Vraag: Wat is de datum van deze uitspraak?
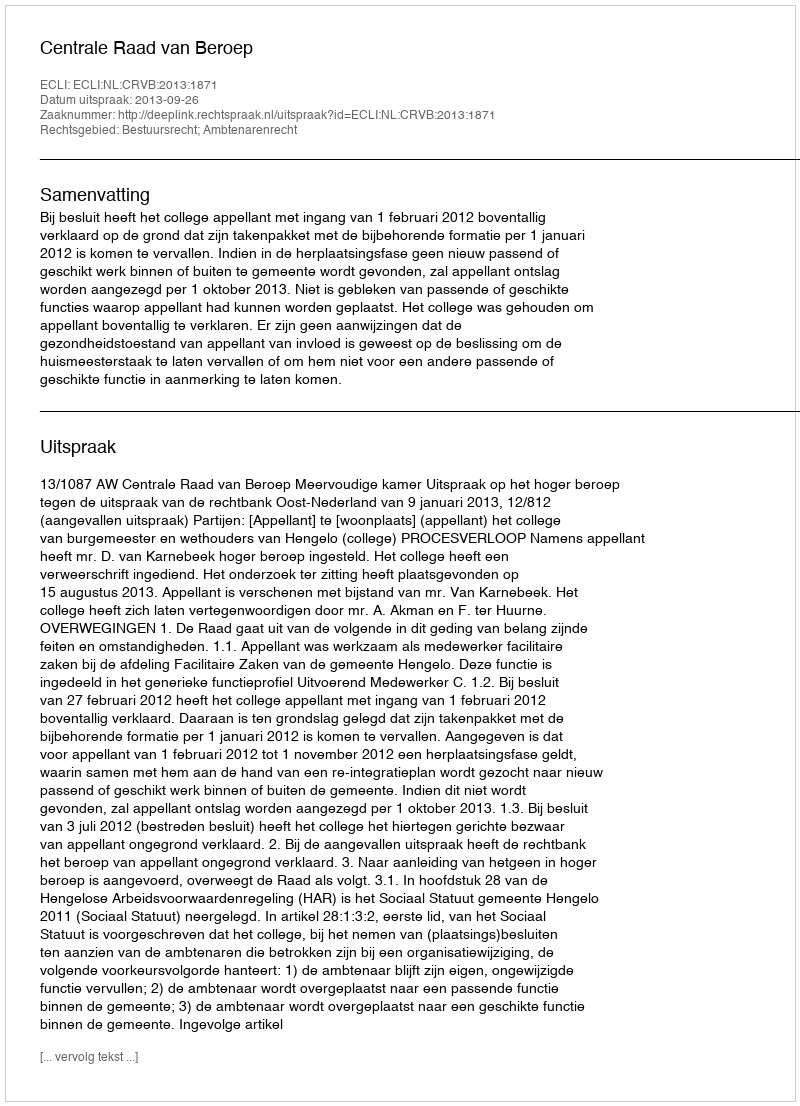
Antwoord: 2013-09-26